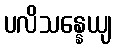
ပလိသန္နေယျ